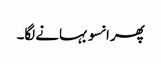
پھر انسو بہانے لگا۔